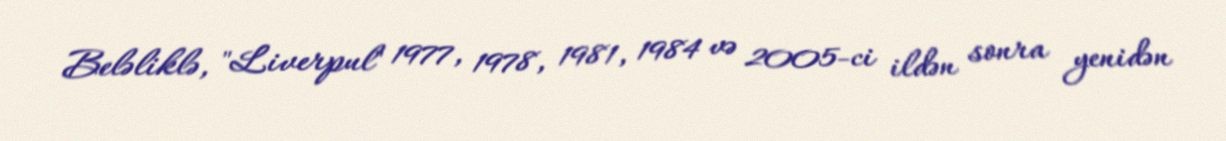
Beləliklə, "Liverpul" 1977, 1978, 1981, 1984 və 2005-ci ildən sonra yenidən